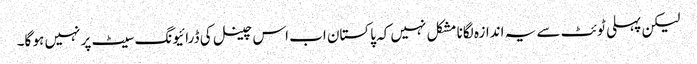
لیکن پہلی ٹوئٹ سے یہ اندازہ لگانا مشکل نہیں کہ پاکستان اب اس چینل کی ڈرائیونگ سیٹ پر نہیں ہو گا۔